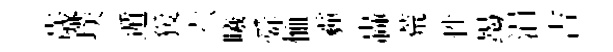
歳璞遁猨六曦舜恤霾轟荒性竭涓吉